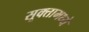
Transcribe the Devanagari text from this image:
सूक्तामध्ये